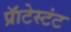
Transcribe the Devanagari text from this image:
प्रॅाटेस्टंट